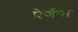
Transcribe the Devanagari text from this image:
ष्रेणीत